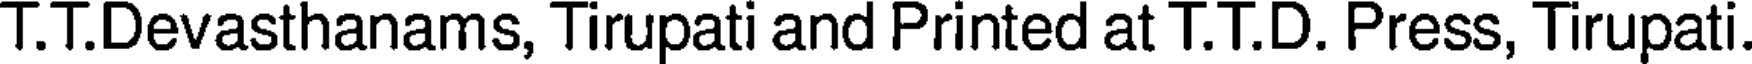
T.T.Devasthanams, Tirupati and Printed at T.T.D. Press, Tirupati